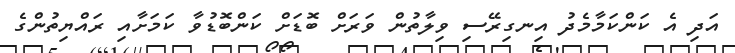
އަދި އެ ކަންކަމާމެދު އިނގިރޭސި ވިލާތުން ވަރަށް ބޮޑަށް ކަންބޮޑުވާ ކަމަށާއި ރައްޔިތުންގެ